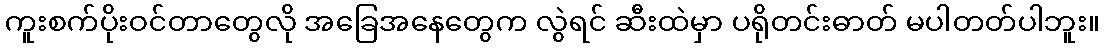
ကူးစက်ပိုးဝင်တာတွေလို အခြေအနေတွေက လွဲရင် ဆီးထဲမှာ ပရိုတင်းဓာတ် မပါတတ်ပါဘူး။